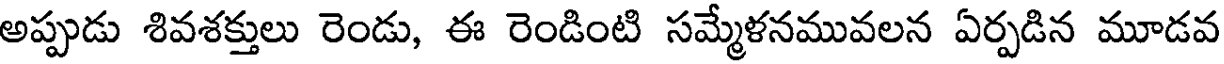
అప్పుడు శివశక్తులు రెండు, ఈ రెండింటి సమ్మేళనమువలన ఏర్పడిన మూడవ